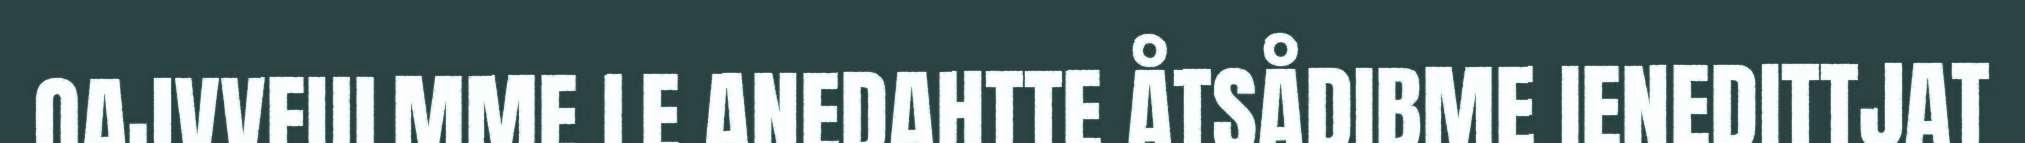
OAJVVEULMME LE ANEDAHTTE ÅTSÅDIBME IENEDITTJAT